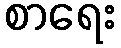
စာရေး